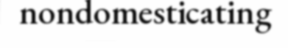
nondomesticating